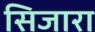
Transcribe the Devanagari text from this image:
सिजारा